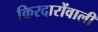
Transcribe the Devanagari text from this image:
किरदारोंवाली